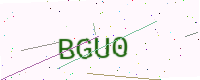
Text: BGU0